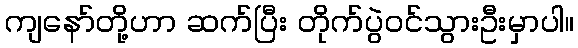
ကျနော်တို့ဟာ ဆက်ပြီး တိုက်ပွဲဝင်သွားဦးမှာပါ။